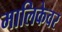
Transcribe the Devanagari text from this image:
मालिकेवर